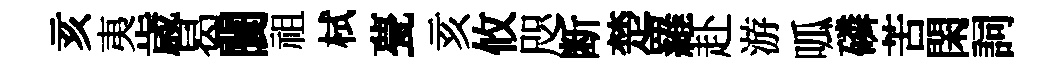
亥夷歳曷闤祖栻甍亥攸咫断楚羅赴游呱磷苦閑詞